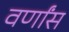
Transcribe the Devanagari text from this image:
वर्णांस